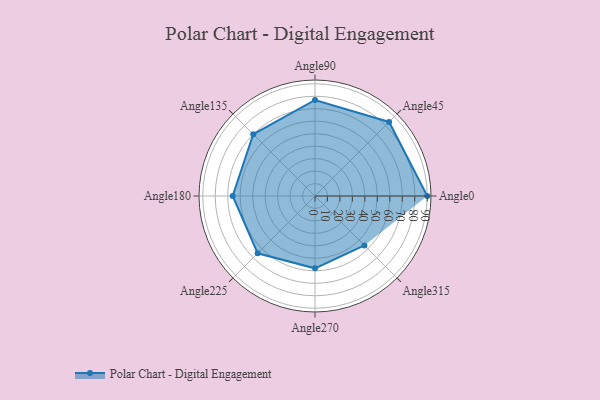
{"axis": {"x": "Angle", "y": "Radius"}, "legend": [""], "data": [{"x": "Angle0", "y": 90.0, "type": ""}, {"x": "Angle45", "y": 84.0, "type": ""}, {"x": "Angle90", "y": 77.0, "type": ""}, {"x": "Angle135", "y": 70.0, "type": ""}, {"x": "Angle180", "y": 66.0, "type": ""}, {"x": "Angle225", "y": 65.0, "type": ""}, {"x": "Angle270", "y": 58.0, "type": ""}, {"x": "Angle315", "y": 56.0, "type": ""}]}